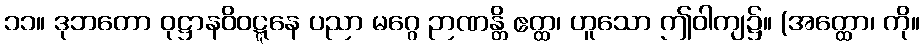
၁၁။ ဒုဘတော ဝုဋ္ဌာနဝိဝဋ္ဋနေ ပညာ မဂ္ဂေ ဉာဏန္တိ ဧတ္ထ၊ ဟူသော ဤဝါကျ၌။ (အတ္ထော၊ ကို။